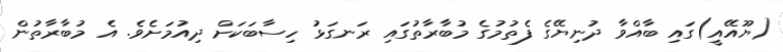
(ޔޫއޭއީ)ގައި ބާއްވާ ދުނިޔޭގެ ފެތުމުގެ މުބާރާތުގައި ރަނގަޅު ހިސާބަކަށް ދިއުމަށެވެ. އެ މުބާރާތުން